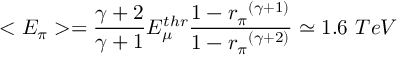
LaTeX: < E _ { \pi } > = \frac { \gamma + 2 } { \gamma + 1 } E _ { \mu } ^ { t h r } \frac { 1 - { r _ { \pi } } ^ { ( \gamma + 1 ) } } { 1 - { r _ { \pi } } ^ { ( \gamma + 2 ) } } \simeq 1 . 6 ~ T e V